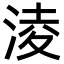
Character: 淩